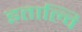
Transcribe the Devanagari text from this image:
इताल्वि